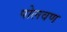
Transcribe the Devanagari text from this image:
पोलवण